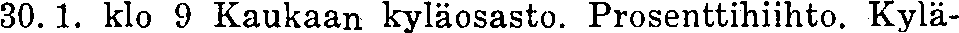
30. 1. klo 9 Kaukaan kyläosasto. Prosenttihiihto. Kylä-